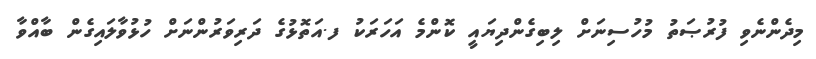
މިދެންނެވި ފުރުޞަތު މުހުސިނަށް ލިބިގެންދިޔައީ ކޮންމެ އަހަރަކު ފ.އަތޮޅުގެ ދަރިވަރުންނަށް ހުޅުވާލައިގެން ބާއްވާ